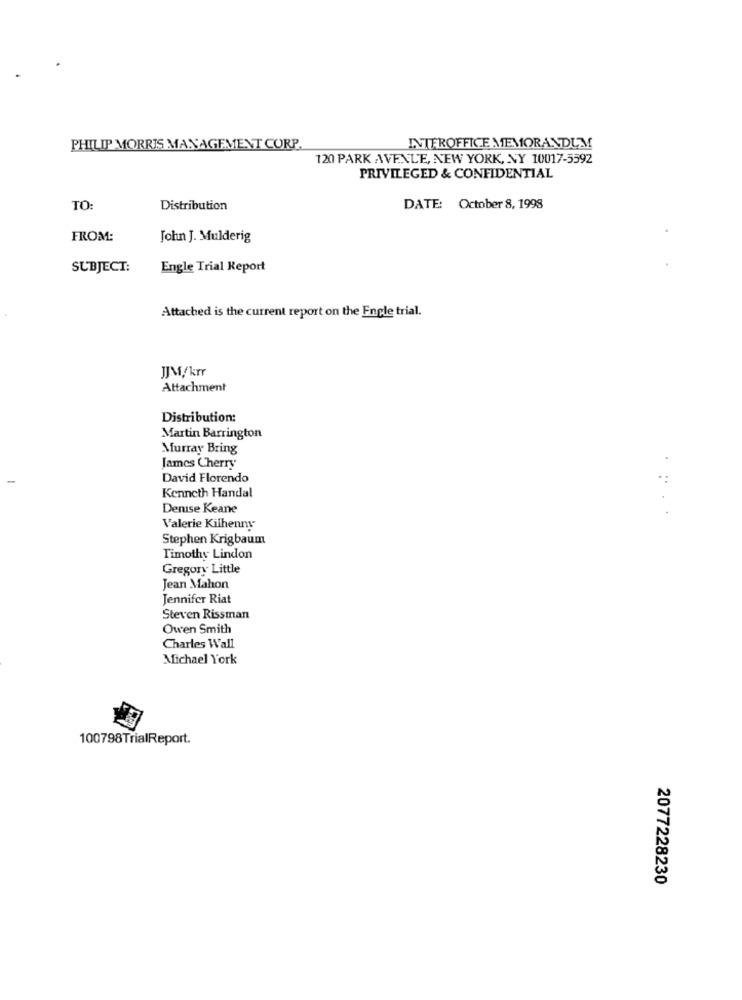
PHILIP MORRIS MANAGEMENT CORP.
INTEROFFICE MEMORANDUM
120 PARK AVENUE, NEW YORK, NY 10017-5592
PRIVILEGED & CONFIDENTIAL
TO:
Distribution
DATE: October 8, 1998
FROM:
John J. Mulderig
SUBJECT:
Engle Trial Report
Attached is the current report on the Engle trial.
Attachment
Distribution:
Martin Barrington
Murray Bring
James Cherry
-
David Florendo
Kenneth Handal
Denise Keane
Valerie Kilhenny
Stephen Krigbaum
Timothy Lindon
Gregory Little
Jean Mahon
Jennifer Riat
Steven Rissman
Owen Smith
Charles Wall
Michael York
100798TrialReport.
2077228230